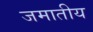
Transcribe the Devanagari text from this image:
जमातीय